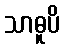
သာဓူပိ